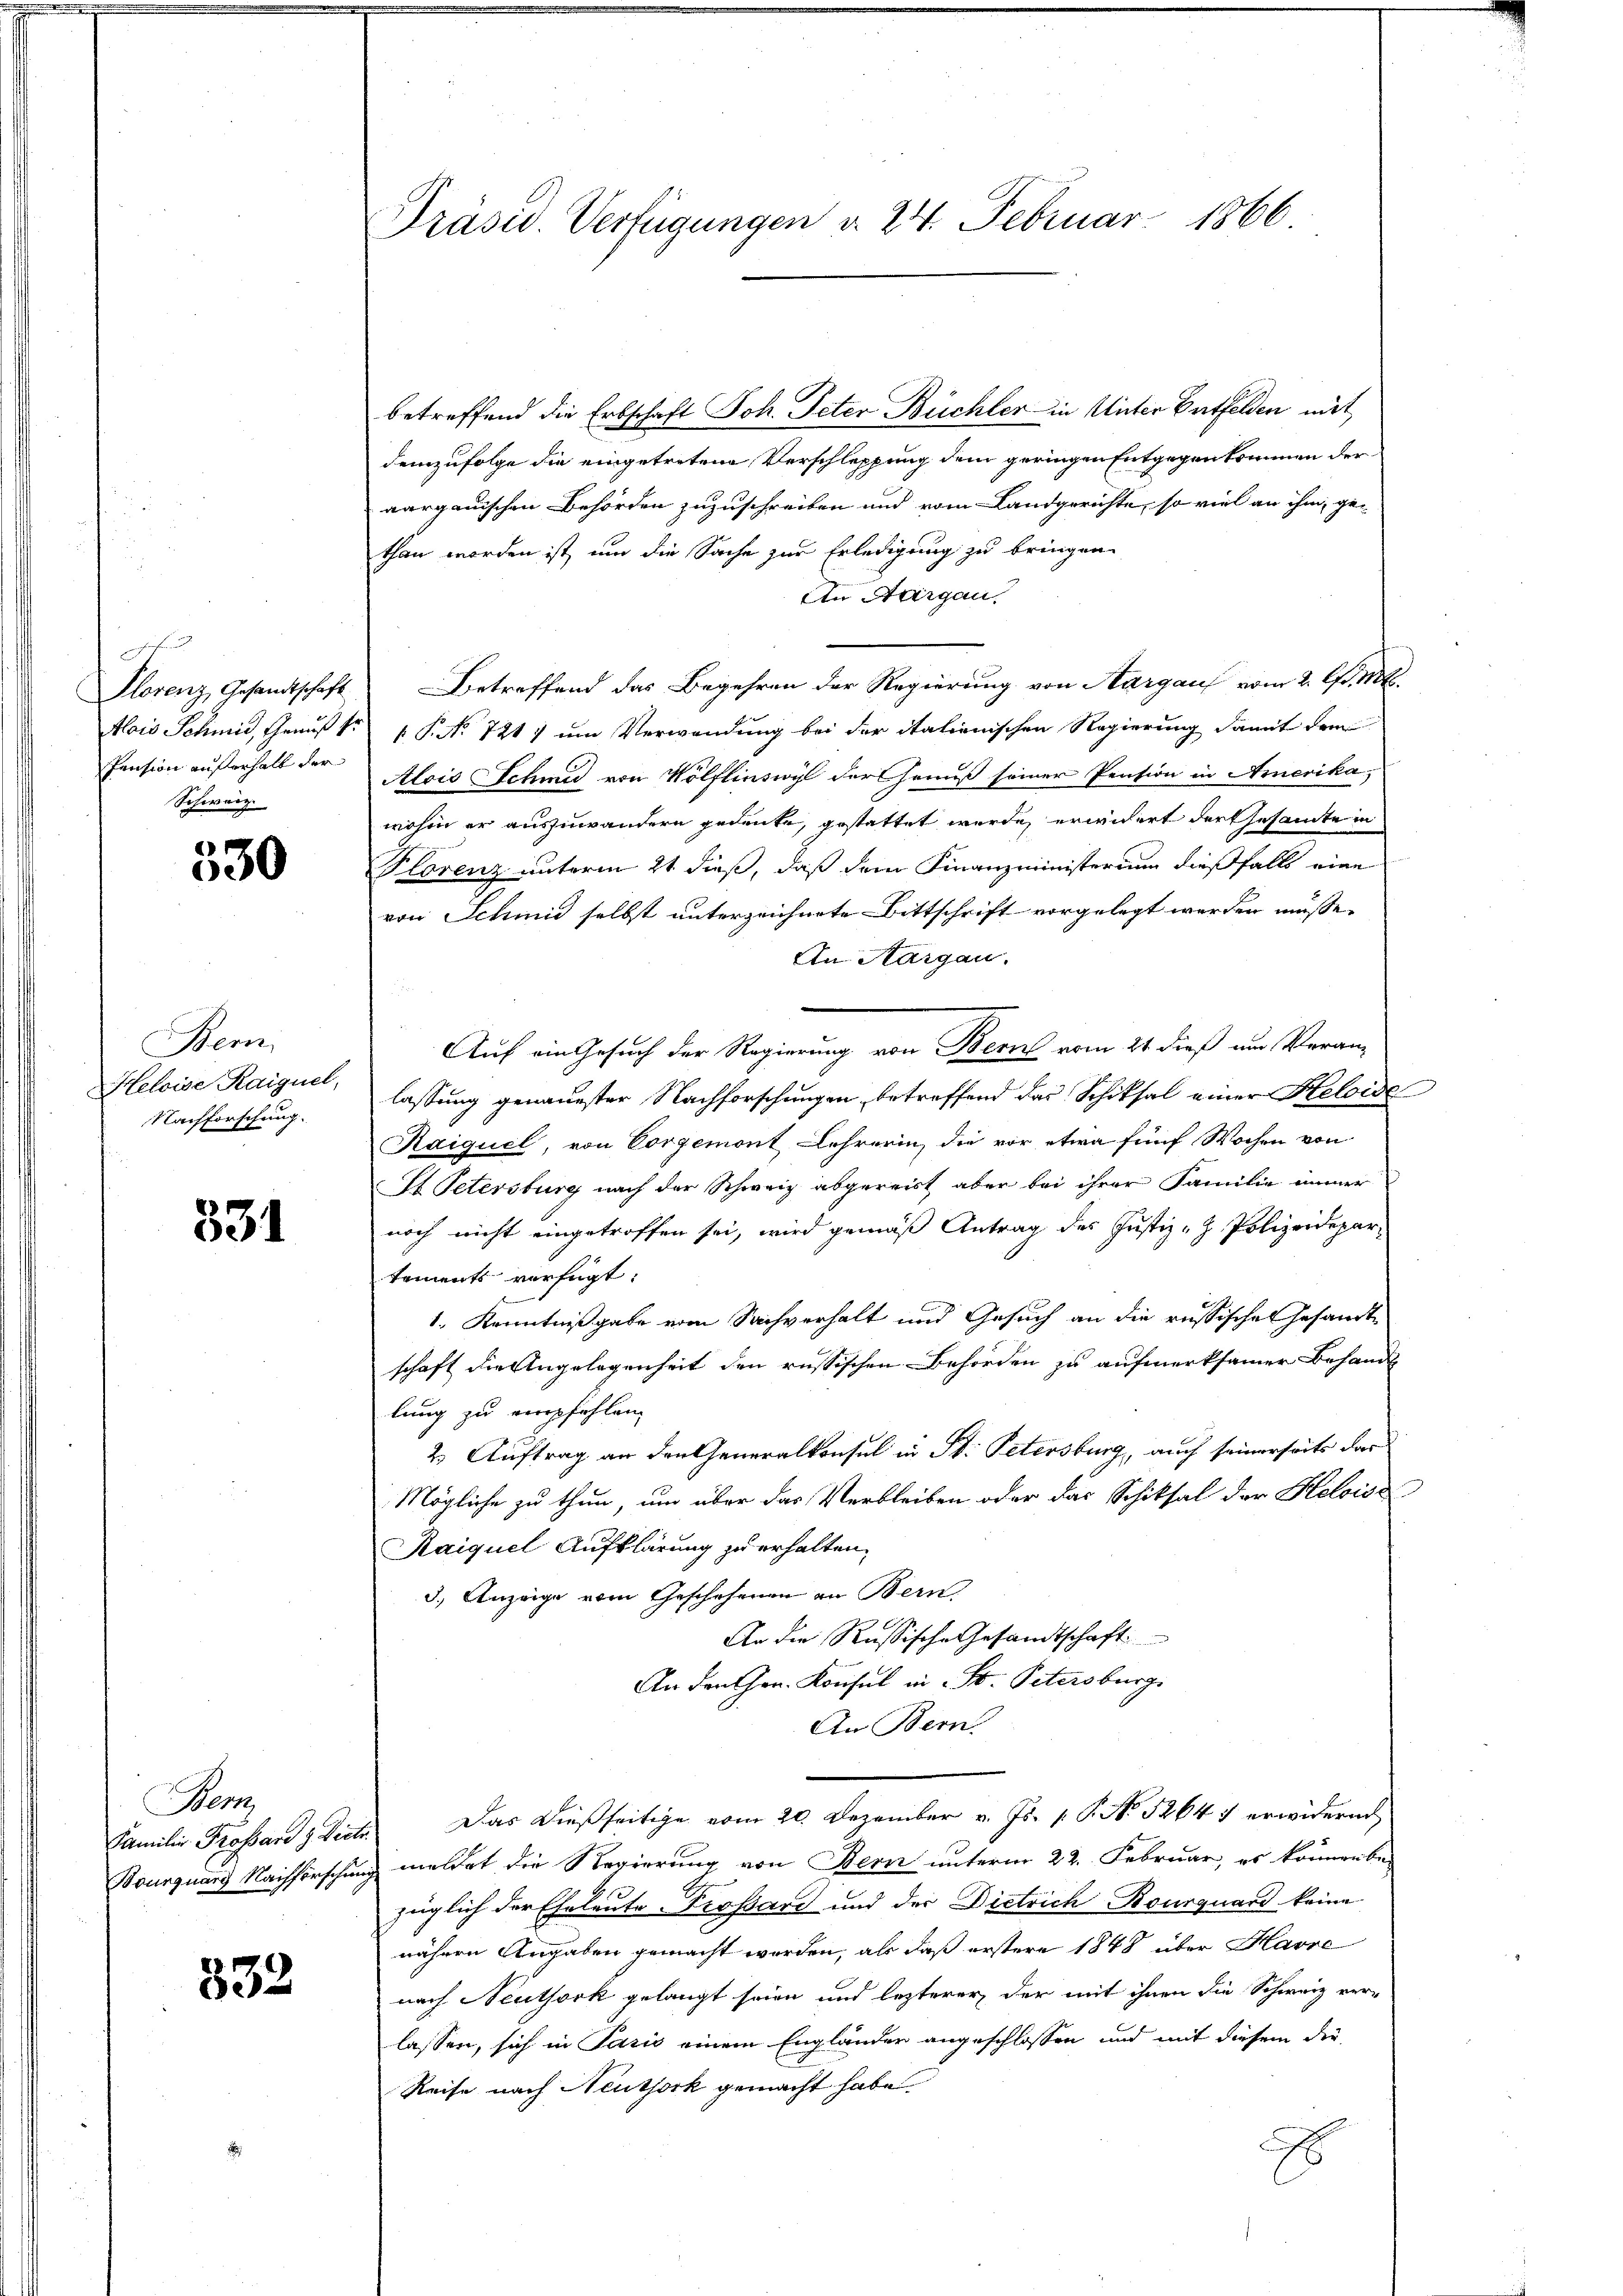
nhufe
Florenz, Gesandtschaft
Alois Schmid, Genuß se
Pension außerhalb der
Schweiz.

530

Bem
Heloise Raiguel,
Nachforschung.

531

Hem

832

Präsid. Verfügungen d. 24. Februar 1866.

betreffend die Erbschaft Joh. Peter Büchler in Unter Entfelden mit
demzufolge die eingetretene Verschleppung dem geringen Entgegenkommen deraargauischen Behörden zuzuschreiben und vom Landgerichte, so viel an ihm, ge-
than worden ist, um die Sache zur Erledigung zu bringen.
An Aargau,
Betreffend das Begehren der Regierung von Aargau vom 2. l. Mt.
 P. No 721. um Verwendung bei der italienischen Regierung damit dem
Alcis Schmid von Wölflinswyl der Genuß seiner Pension in Amerika,
wohin er auszuwandern gedenke, gestattet wurde, erwidert der Gesamte in
Plorenz unterm 21 dieß, daß dem Finanzministerium dießfalls eine
von Schmid selbst unterzeichnete Bittschrift vorgelegt werden müsse,
An Aargau.
Auf ein Gesuch der Regierung von Bern vom 24. dieß um Veranlassung genauester Nachforschungen, betreffend das Schiksal einer Heloide
Kaiquel, von Vorgemont Lehrerin, die vor etwa fünf Wochen von
St. Petersburg nach der Schweiz abgereist aber bei ihrer Familie immer
noch nicht eingetroffen sei, wird gemäß Antrag des Justiz- & Polizeidepar-
tements verfügt:
1. Kenntnißgabe vom Sachverhalt und Gesuch an die russisches Gesandtschaft die Angelegenheit den russischen Behörden zu aufmerksamer Behandl
lung zu empfehlen.
2. Auftrag an den Generalkonsul in St. Petersburg, auch seinerseits das
Mögliche zu thun, um über das Verbleiben oder das Schiksal der Heloise
Raiquel Aufklärung zu erhalten.
3.) Anzeige vom Geschehenen in Bern
An die Russische Gesandtschaft
An den Hrn. Konsul in St. Petersburg.
An Bern.
Familie Trossard & Diete. Das dießseitige vom 20. Dezember v. Js. v. P. No. 52647 erwidern
Bourquarg Nachforschung meldet die Regierung von Bern unterm 22. Februar, es könnenbe-
züglich der Eheleute Trossard und der Dietrich Bourquard keine
nähern Angaben gemacht worden, als daß erstere 1848 über Havre
nach Neuthork gelangt seien und lezterer, der mit ihnen die Schweiz ver-
lassen, sich in Paris einem Engländer angeschlossen und mit diesem die
Reise nach Neutjork gemacht habe.
E